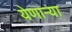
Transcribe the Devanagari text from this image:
येणाऱ्या